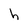
Character: h